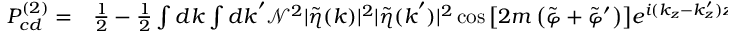
\begin{array} { r l } { P _ { c d } ^ { ( 2 ) } = } & { { } \frac { 1 } { 2 } - \frac { 1 } { 2 } \int d \boldsymbol { k } \int d \boldsymbol { k } ^ { \prime } \mathcal { N } ^ { 2 } | \tilde { \eta } ( \boldsymbol { k } ) | ^ { 2 } | \tilde { \eta } ( \boldsymbol { k } ^ { \prime } ) | ^ { 2 } \cos { \left[ 2 m \left( \tilde { \varphi } + \tilde { \varphi } ^ { \prime } \right) \right] } e ^ { i ( k _ { z } - k _ { z } ^ { \prime } ) z _ { 0 } } . } \end{array}